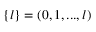
\{ l \} = ( 0 , 1 , . . . , l )